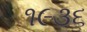
૧૯૩૬